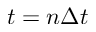
t = n \Delta t